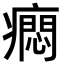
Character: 𤺯